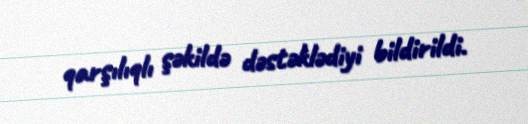
qarşılıqlı şəkildə dəstəklədiyi bildirildi.